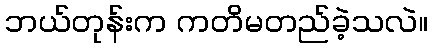
ဘယ်တုန်းက ကတိမတည်ခဲ့သလဲ။